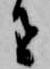
者